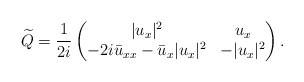
\begin{align*}\widetilde{Q} =\frac{1}{2 i}\begin{pmatrix}|u_x|^2 & u_x \\-2i\bar{u}_{xx}-\bar{u}_x|u_x|^2 & -|u_x|^2\end{pmatrix}. \end{align*}